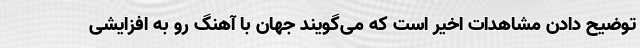
توضیح دادن مشاهدات اخیر است که می‌گویند جهان با آهنگ رو به افزایشی